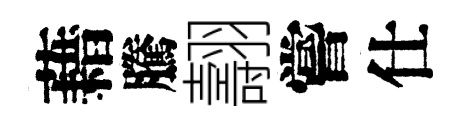
藉騰翿嘗仕